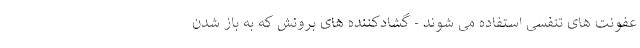
عفونت های تنفسی استفاده می شوند - گشادکننده های برونش که به باز شدن